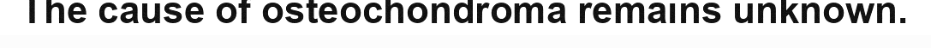
The cause of osteochondroma remains unknown.